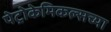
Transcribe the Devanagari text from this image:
पेट्रोकेमिकल्सच्या